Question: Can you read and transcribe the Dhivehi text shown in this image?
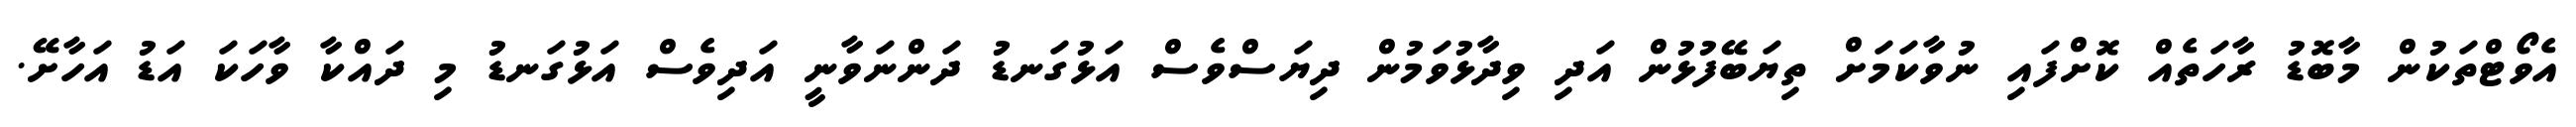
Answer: އެވޯޓްތަކުން މާބޮޑު ރާހަތެއް ކޮށްފައި ނުވާކަމަށް ތިޔަބޭފުޅުން އަދި ވިދާޅުވަމުން ދިޔަސްވެސް އަޅުގަނޑު ދަންނަވާނީ އަދިވެސް އަޅުގަނޑު މި ދައްކާ ވާހަކަ އަޑު އަހާށޭ.